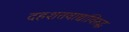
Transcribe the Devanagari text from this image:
दहशतवाद्यांविरुद्ध